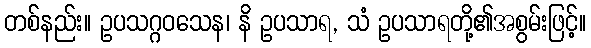
တစ်နည်း။ ဥပသဂ္ဂဝသေန၊ နိ ဥပသာရ, သံ ဥပသာရတို့၏အစွမ်းဖြင့်။